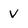
Character: V